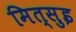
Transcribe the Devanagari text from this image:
मित्सुइ